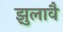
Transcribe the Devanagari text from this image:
झुलावै